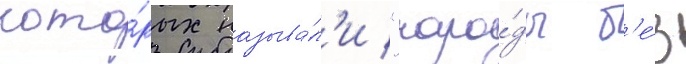
кото́рых называ́л'и "наро́ды б'е́з